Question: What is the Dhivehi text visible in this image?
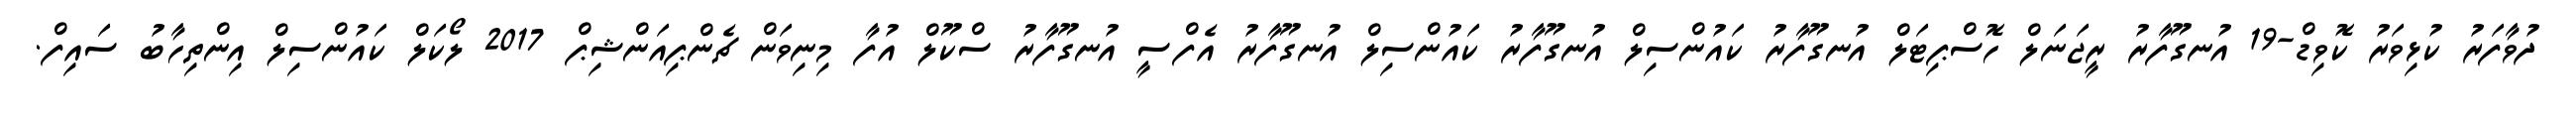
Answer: ދުވާފަރު ކުޅިވަރު ކޮވިޑް-19 އުނގޫފާރު ރީޖަނަލް ހޮސްޕިޓަލް އުނގޫފާރު ކައުންސިލް އުނގޫފާރު ކައުންސިލް އުނގޫފާރު އެފްސީ އުނގޫފާރު ސްކޫލް އުފާ މިނިވަން ޗެންޕިއަންޝިޕް 2017 ލޯކަލް ކައުންސިލް އިންތިހާބު ސައިފް.